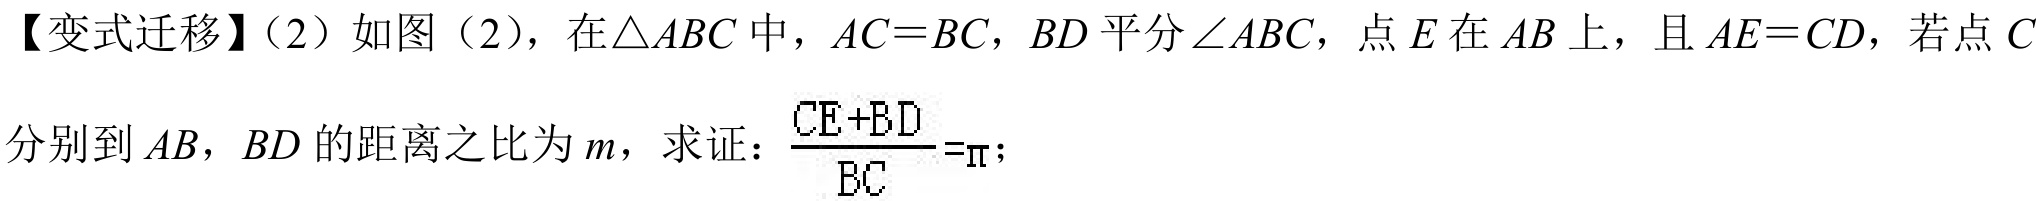
【变式迁移】(2) 如图（2），在 \(\triangle ABC\) 中，\(AC = BC\)，\(BD\) 平分 \(\angle ABC\)，点 \(E\) 在 \(AB\) 上，且 \(AE = CD\)，若点 \(C\)
分别到 \(AB\)，\(BD\) 的距离之比为 \(m\)，求证：\(\frac{CE + BD}{BC}=m\)；